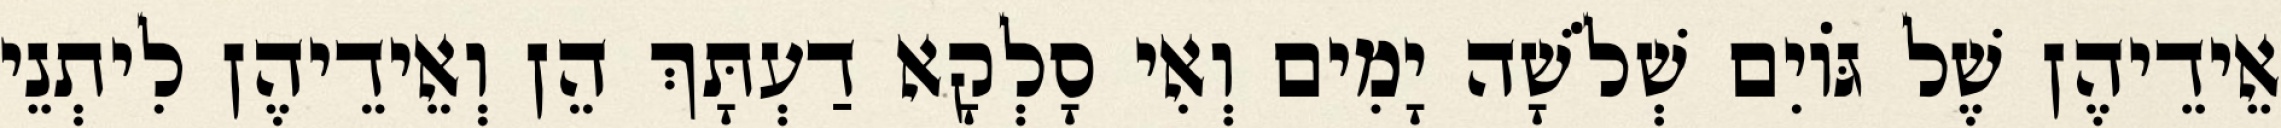
אֵידֵיהֶן שֶׁל גּוֹיִם שְׁלֹשָׁה יָמִים וְאִי סָלְקָא דַעְתָּךְ הֵן וְאֵידֵיהֶן לִיתְנֵי